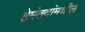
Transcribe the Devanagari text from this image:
हेमंतदांमधील